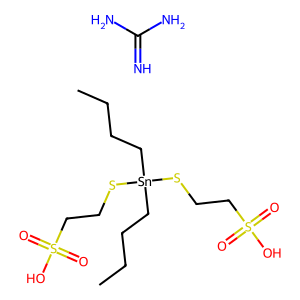
SMILES: CCCC[Sn](CCCC)(SCCS(=O)(=O)O)SCCS(=O)(=O)O.N=C(N)N
Inhibits HIV replication: No